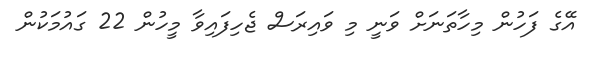
އޭގެ ފަހުން މިހާތަނަށް ވަނީ މި ވައިރަސް ޖެހިފައިވާ މީހުން 22 ގައުމަކުން